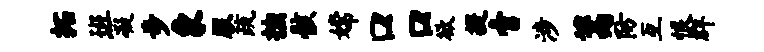
拓班凝步象服疏拙骸嫦口口欲提啻涉篙防互恨群